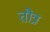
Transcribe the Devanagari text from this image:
तौत्र